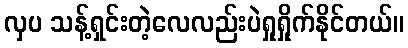
လှပ သန့်ရှင်းတဲ့လေလည်းပဲရှုရှိုက်နိုင်တယ်။